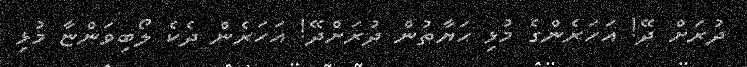
ދުރަށް ދޭ! އަހަރެންގެ މުޅި ޙަޔާތުން ދުރަށްދޭ! އަހަރެން ދެކެ ލޯބިވަންޏާ މުޅި